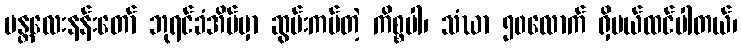
မန္တလေးနန်းတော် ဘုရင်ခံအိမ်မှာ ဆွမ်းကပ်တဲ့ ကိစ္စပါ၊ သံဃာ ၅၀လောက် ရှိမယ်ထင်ပါတယ်၊